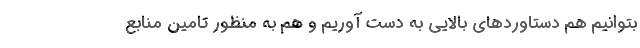
بتوانیم هم دستاورد‌های بالایی به دست آوریم و هم به منظور تامین منابع